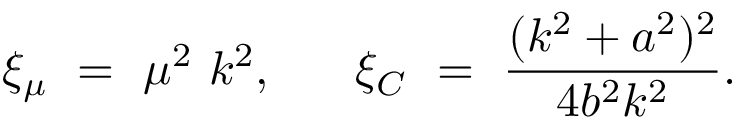
\xi _ { \mu } ~ = ~ \mu ^ { 2 } ~ k ^ { 2 } , ~ ~ ~ ~ ~ \xi _ { C } ~ = ~ \frac { ( k ^ { 2 } + a ^ { 2 } ) ^ { 2 } } { 4 b ^ { 2 } k ^ { 2 } } .